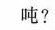
吨?